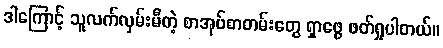
ဒါကြောင့် သူလက်လှမ်းမီတဲ့ စာအုပ်စာတမ်းတွေ ရှာဖွေ ဖတ်ရှုပါတယ်။